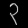
Digit: ၃